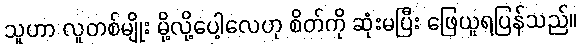
သူဟာ လူတစ်မျိုး မို့လို့ပေါ့လေဟု စိတ်ကို ဆုံးမပြီး ဖြေယူရပြန်သည်။